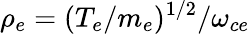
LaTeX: \rho_{e}=(T_{e}/m_{e})^{1/2}/\omega_{ce}